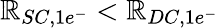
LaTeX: \mathbb{R}_{SC,1e^{-}}<\mathbb{R}_{DC,1e^{-}}